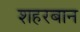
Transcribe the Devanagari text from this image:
शहरबान